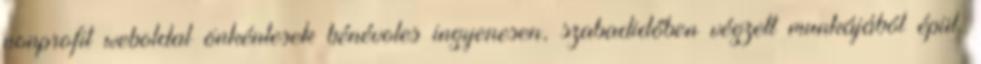
nonprofit weboldal önkéntesek bénévoles ingyenesen, szabadidőben végzett munkájából épül.